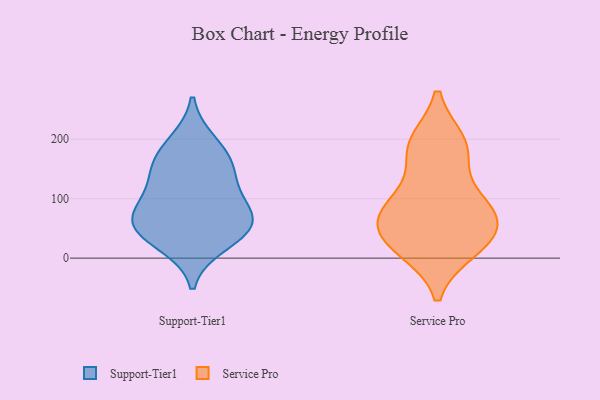
{"axis": {"x": "Headcount", "y": "Value"}, "legend": ["Service Pro", "Support-Tier1"], "data": [{"x": "", "y": 155, "type": "Support-Tier1"}, {"x": "", "y": 95, "type": "Support-Tier1"}, {"x": "", "y": 124, "type": "Support-Tier1"}, {"x": "", "y": 48, "type": "Support-Tier1"}, {"x": "", "y": 68, "type": "Support-Tier1"}, {"x": "", "y": 194, "type": "Support-Tier1"}, {"x": "", "y": 63, "type": "Support-Tier1"}, {"x": "", "y": 25, "type": "Support-Tier1"}, {"x": "", "y": 163, "type": "Support-Tier1"}, {"x": "", "y": 53, "type": "Support-Tier1"}, {"x": "", "y": 189, "type": "Service Pro"}, {"x": "", "y": 28, "type": "Service Pro"}, {"x": "", "y": 83, "type": "Service Pro"}, {"x": "", "y": 95, "type": "Service Pro"}, {"x": "", "y": 193, "type": "Service Pro"}, {"x": "", "y": 26, "type": "Service Pro"}, {"x": "", "y": 83, "type": "Service Pro"}, {"x": "", "y": 178, "type": "Service Pro"}, {"x": "", "y": 16, "type": "Service Pro"}, {"x": "", "y": 72, "type": "Service Pro"}, {"x": "", "y": 44, "type": "Service Pro"}]}